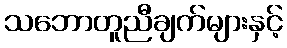
သဘောတူညီချက်များနှင့်